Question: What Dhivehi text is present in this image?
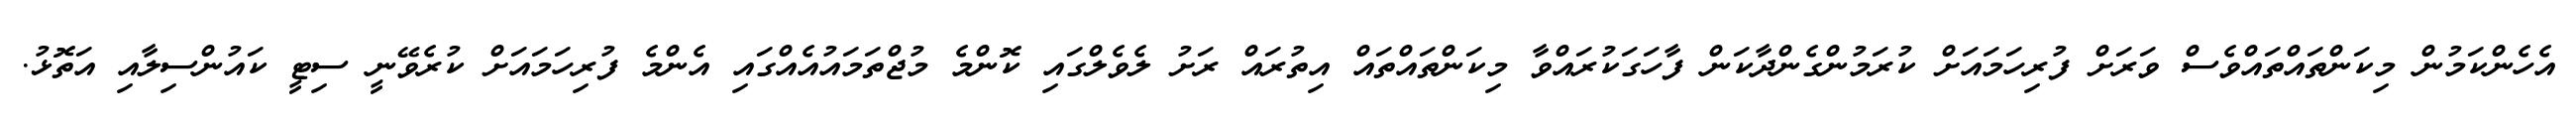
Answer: އެހެންކަމުން މިކަންތައްތައްވެސް ވަރަށް ފުރިހަމައަށް ކުރަމުންގެންދާކަން ފާހަގަކުރައްވާ މިކަންތައްތައް އިތުރައް ރަށު ލެވެލްގައި ކޮންމެ މުޖްތަމައުއެއްގައި އެންމެ ފުރިހަމައަށް ކުރެވޭނީ ސިޓީ ކައުންސިލާއި އަތޮޅު.